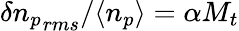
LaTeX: \delta{n_{p}}_{rms}/\langle n_{p}\rangle=\alpha M_{t}